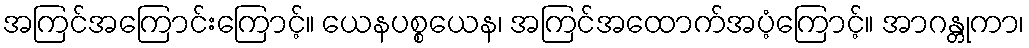
အကြင်အကြောင်းကြောင့်။ ယေနပစ္စယေန၊ အကြင်အထောက်အပံ့ကြောင့်။ အာဂန္တုကာ၊